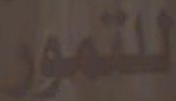
للتمور